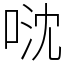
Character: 𠴥